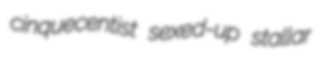
cinquecentist sexed-up stallar